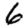
Digit: 6